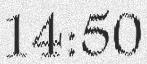
14:50